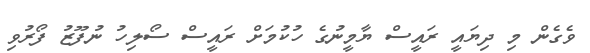
ވެގެން މި ދިޔައީ ރައީސް ޔާމީނުގެ ހުކުމަށް ރައީސް ސޯލިހު ނުފޫޒު ފޯރުވި